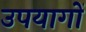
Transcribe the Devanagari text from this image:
उपयागों